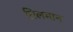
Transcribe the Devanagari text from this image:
ग़िलमान